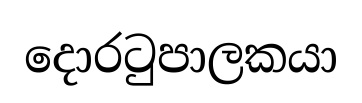
දොරටුපාලකයා